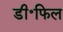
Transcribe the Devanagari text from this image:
डी॰फिल